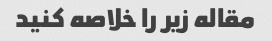
مقاله زیر را خلاصه کنید